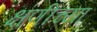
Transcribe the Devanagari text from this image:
क्षणीच्या